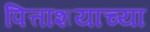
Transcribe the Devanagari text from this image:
पित्ताशयाच्या